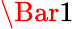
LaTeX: \Bar{1}